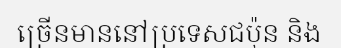
ច្រើនមាននៅប្រទេសជប៉ុន និង